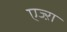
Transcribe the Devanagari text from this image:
एज्ऱा